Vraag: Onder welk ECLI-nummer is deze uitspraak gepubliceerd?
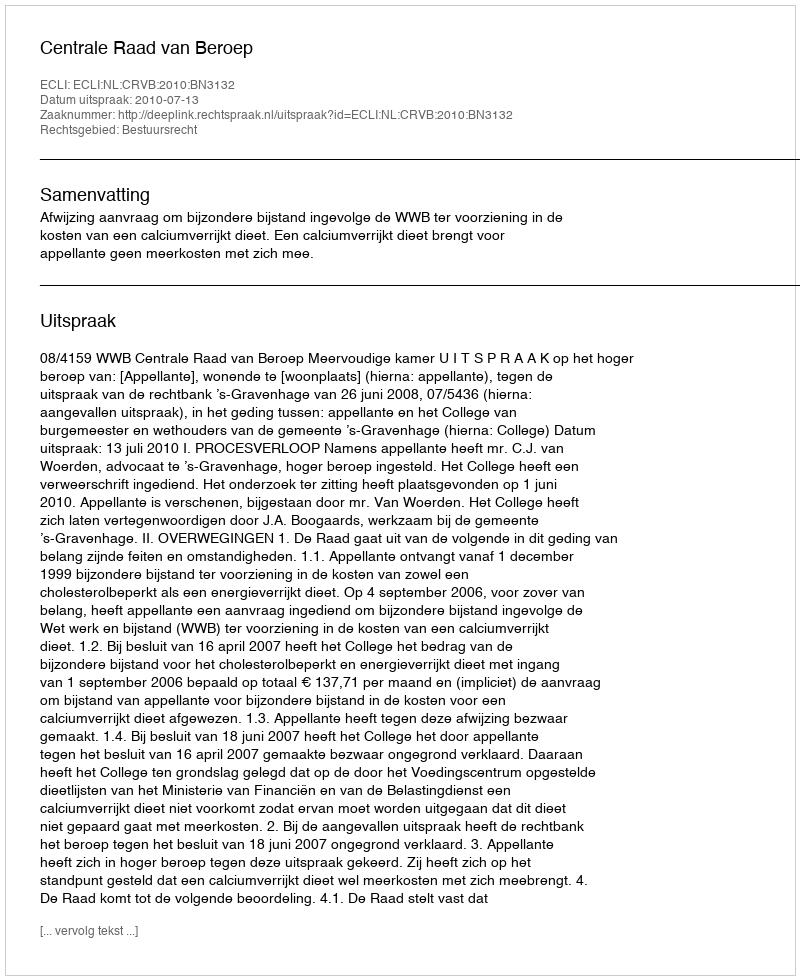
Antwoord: ECLI:NL:CRVB:2010:BN3132